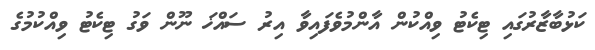
ކަޅުބާޒާރުގައި ޓިކެޓު ވިއްކުން އާންމުވެފައިވާ އިރު ސައްޚަ ނޫން ވަގު ޓިކެޓު ވިއްކުމުގެ